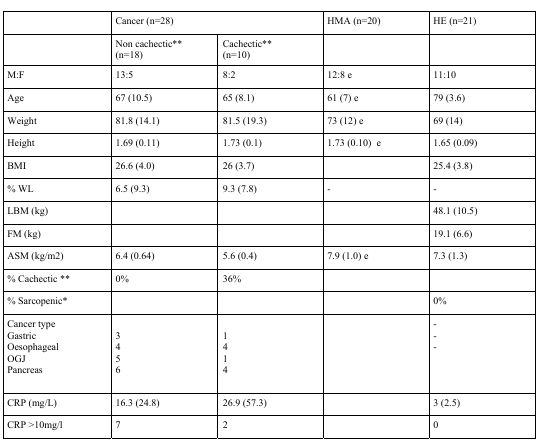
|  | <COLSPAN=2> Cancer (n=28) | HMA (n=20) | HE (n=21) |
 | --- | --- | --- | --- | --- |
 |  | Non cachectic**(n=18) | Cachectic**(n=10) |  |  |
 | M:F | 13:5 | 8:2 | 12:8 e | 11:10 |
 | Age | 67 (10.5) | 65 (8.1) | 61 (7) e | 79 (3.6) |
 | Weight | 81.8 (14.1) | 81.5 (19.3) | 73 (12) e | 69 (14) |
 | Height | 1.69 (0.11) | 1.73 (0.1) | 1.73 (0.10) e | 1.65 (0.09) |
 | BMI | 26.6 (4.0) | 26 (3.7) |  | 25.4 (3.8) |
 | % WL | 6.5 (9.3) | 9.3 (7.8) | - | - |
 | LBM (kg) |  |  |  | 48.1 (10.5) |
 | FM (kg) |  |  |  | 19.1 (6.6) |
 | ASM (kg/m2) | 6.4 (0.64) | 5.6 (0.4) | 7.9 (1.0) e | 7.3 (1.3) |
 | % Cachectic** | 0% | 36% |  |  |
 | % Sarcopenic* |  |  |  | 0% |
 | Cancer type |  |  |  | - |
 | Gastric | 3 | 1 |  | - |
 | Oesophageal | 4 | 4 |  | - |
 | OGJ | 5 | 1 |  |  |
 | Pancreas | 6 | 4 |  |  |
 | CRP (mg/L) | 16.3 (24.8) | 26.9 (57.3) |  | 3 (2.5) |
 | CRP >10mg/l | 7 | 2 |  | 0 |